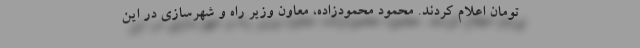
تومان اعلام کردند. محمود محمودزاده، معاون وزیر راه و شهرسازی در این